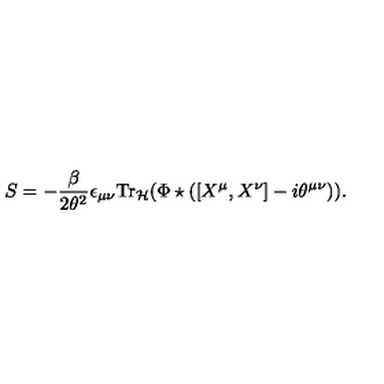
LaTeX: S = - \frac { \beta } { 2 \theta ^ { 2 } } \epsilon _ { \mu \nu } { \mathrm { T r } } _ { { \cal H } } ( \Phi \star ( [ X ^ { \mu } , X ^ { \nu } ] - i \theta ^ { \mu \nu } ) ) .